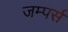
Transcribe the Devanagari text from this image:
जम्पर्स